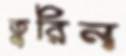
তুরিন